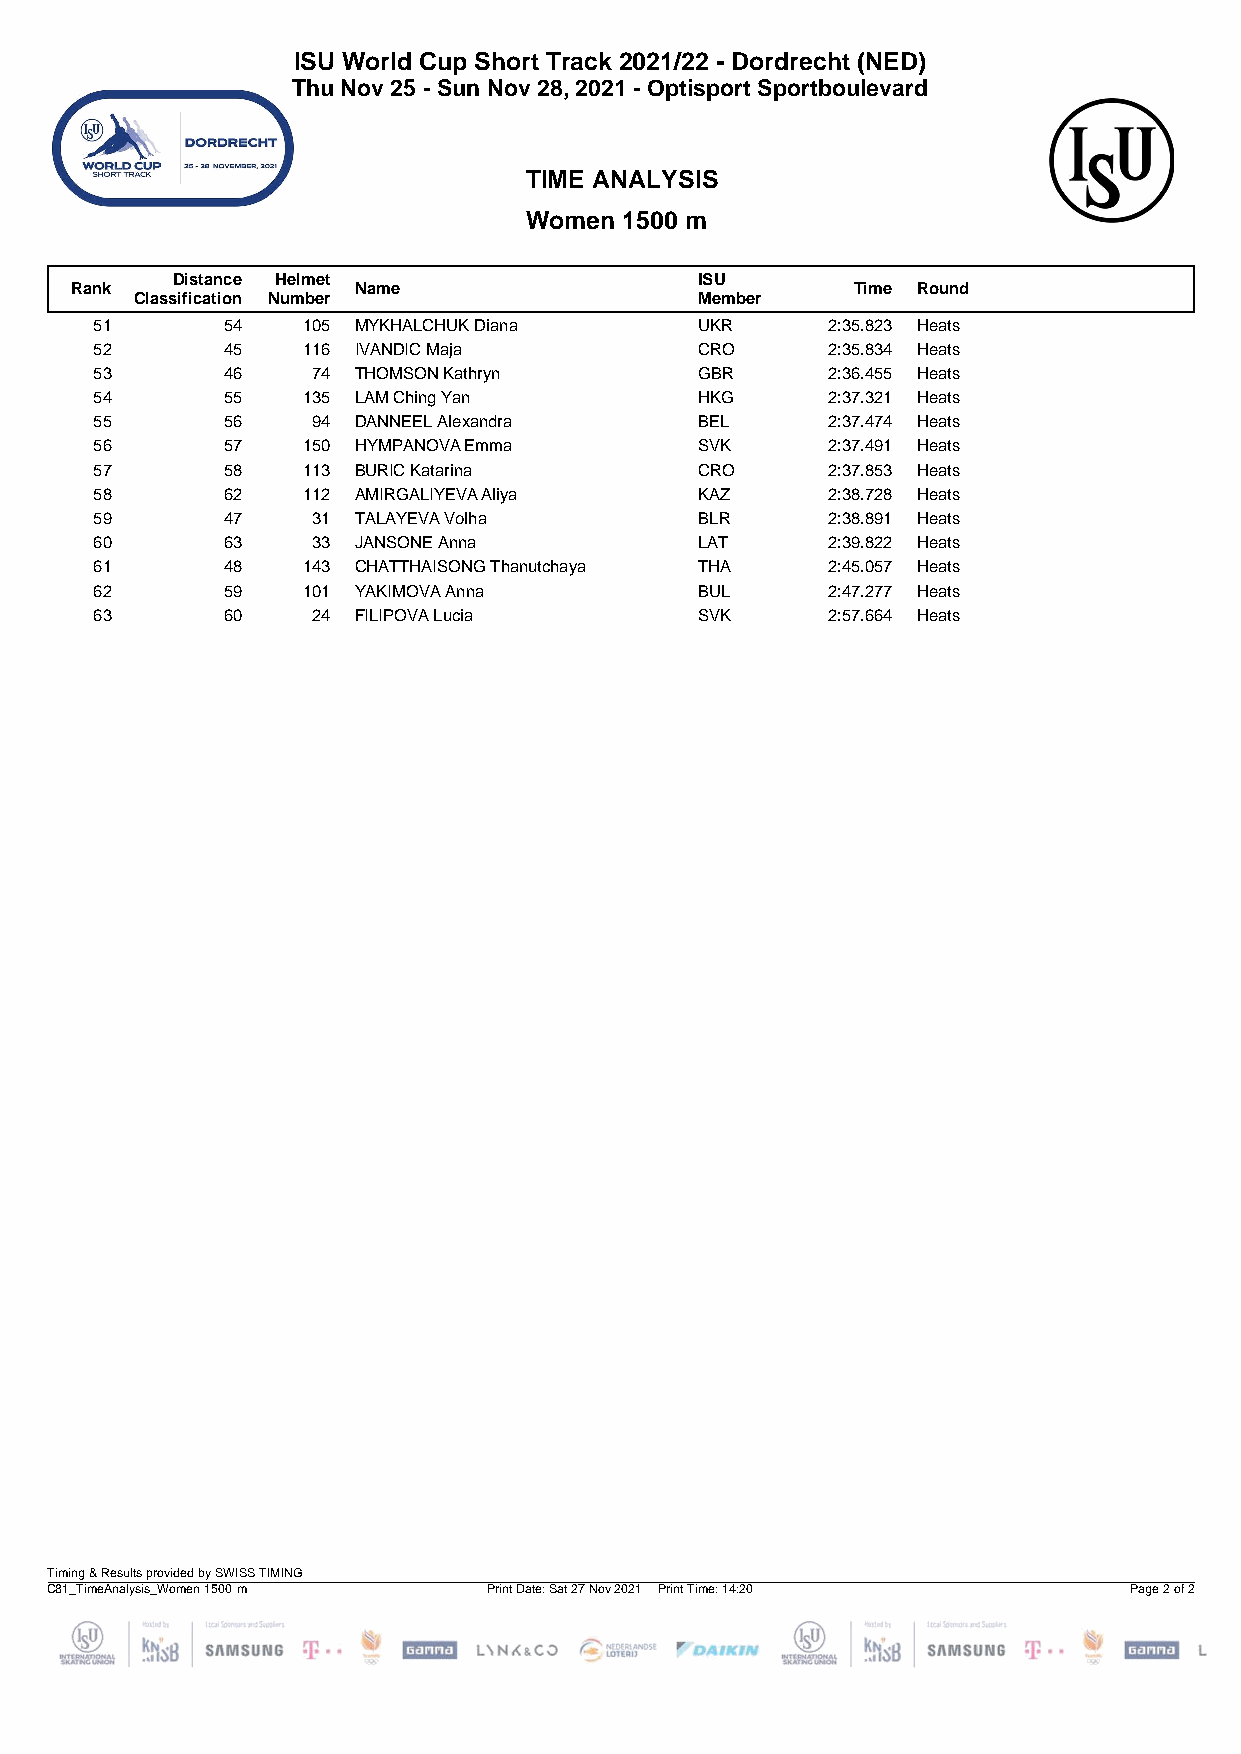
ISU World Cup Short Track 2021/22 - Dordrecht (NED)
 Thu Nov 25 - Sun Nov 28, 2021 - Optisport Sportboulevard
 TIME ANALYSIS
 Women 1500 m
 Distance Helmet                    ISU
 Rank              Name                              Time Round
 Classification Number                Member
 51       54   105 MYKHALCHUK Diana      UKR      2:35.823 Heats
 52       45   116 IVANDIC Maja          CRO      2:35.834 Heats
 53       46    74 THOMSON Kathryn       GBR      2:36.455 Heats
 54       55   135 LAM Ching Yan         HKG      2:37.321 Heats
 55       56    94 DANNEEL Alexandra     BEL      2:37.474 Heats
 56       57   150 HYMPANOVA Emma        SVK      2:37.491 Heats
 57       58   113 BURIC Katarina        CRO      2:37.853 Heats
 58       62   112 AMIRGALIYEVA Aliya    KAZ      2:38.728 Heats
 59       47    31 TALAYEVA Volha        BLR      2:38.891 Heats
 60       63    33 JANSONE Anna          LAT      2:39.822 Heats
 61       48   143 CHATTHAISONG Thanutchaya THA   2:45.057 Heats
 62       59   101 YAKIMOVA Anna         BUL      2:47.277 Heats
 63       60    24 FILIPOVA Lucia        SVK      2:57.664 Heats
 Timing & Results provided by SWISS TIMING
 C81_TimeAnalysis_Women 1500 m Print Date: Sat 27 Nov 2021 Print Time: 14:20 Page 2 of 2